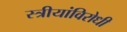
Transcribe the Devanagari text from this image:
स्त्रीयांविरोधी